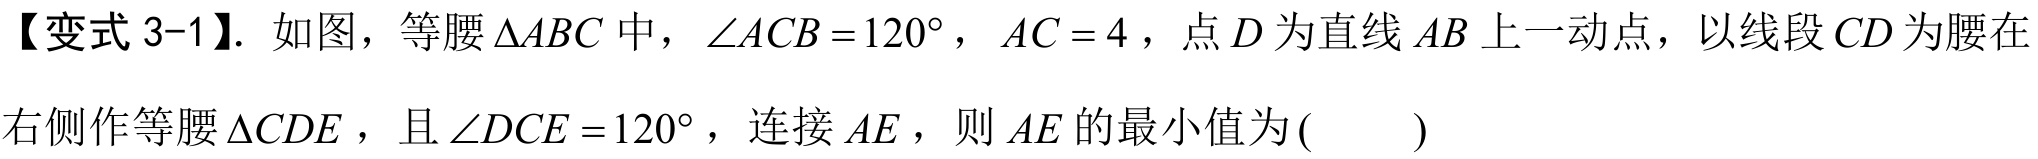
【变式 3-1】. 如图，等腰$\triangle ABC$中，$\angle ACB = 120^{\circ}$，$AC = 4$，点$D$为直线$AB$上一动点，以线段$CD$为腰在右侧作等腰$\triangle CDE$，且$\angle DCE = 120^{\circ}$，连接$AE$，则$AE$的最小值为( )